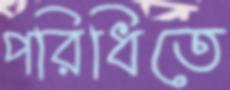
পরিধিতে